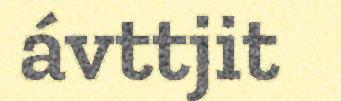
ávttjit